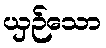
ယှဉ်သော